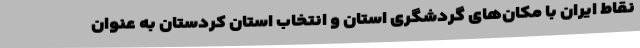
نقاط ایران با مکان‌های گردشگری استان و انتخاب استان کردستان به عنوان